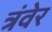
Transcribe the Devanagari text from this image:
त्रंवेर